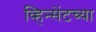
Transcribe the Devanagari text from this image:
व्हिन्सेंटच्या